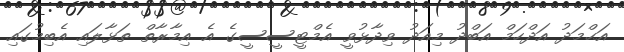
އަޙްމަދު އަދްހަމް އަބްދު މިއަދު ވިދާޅުވީ އެމްޓީސީސީގެ އެ އިމާރާތް ތަޅާލައި އެބިމުގައި